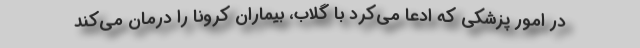
در امور پزشکی که ادعا می‌کرد با گلاب، بیماران کرونا را درمان می‌کند